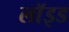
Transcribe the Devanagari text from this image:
लाॅइड